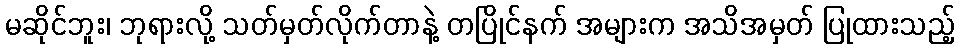
မဆိုင်ဘူး၊ ဘုရားလို့ သတ်မှတ်လိုက်တာနဲ့ တပြိုင်နက် အများက အသိအမှတ် ပြုထားသည့်